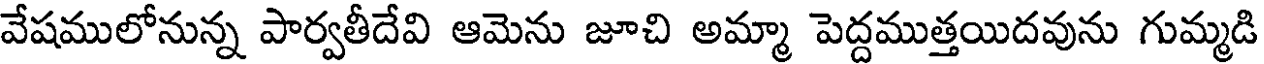
వేషములోనున్న పార్వతీదేవి ఆమెను జూచి అమ్మా పెద్దముత్తయిదవును గుమ్మడి